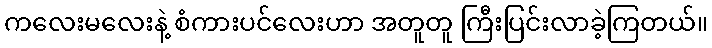
ကလေးမလေးနဲ့ စံကားပင်လေးဟာ အတူတူ ကြီးပြင်းလာခဲ့ကြတယ်။